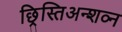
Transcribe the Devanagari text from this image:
छ्रिस्तिअन्शव्न